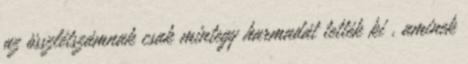
az összlétszámnak csak mintegy harmadát tették ki , aminek